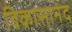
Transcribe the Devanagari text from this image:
विकासानंद